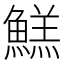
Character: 𱆺